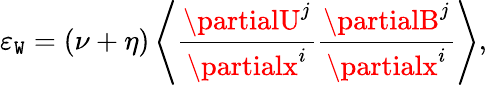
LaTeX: \varepsilon_{\cal{\mathtt{W}}}=(\nu+\eta)\left\langle{\frac{{\partialU^{j}}}{{\partialx^{i}}}\frac{{\partialB^{j}}}{{\partialx^{i}}}}\right\rangle,